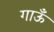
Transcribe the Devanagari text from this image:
गाऊँ